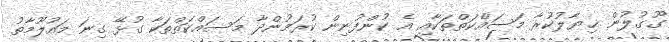
ގޫގުލުން ޚިޔާލުކުރާ މަސައްކަތްތަކާއި އެ ކުންފުނިން ކުރަމުންދާ މަސައްކަތްތަކާ ގުޅޭ ގިނަ މައުލޫމާތު